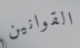
القوانين